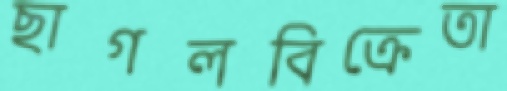
ছাগলবিক্রেতা